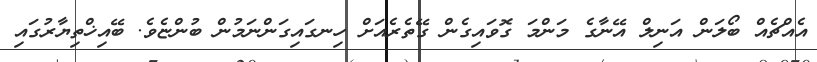
އެއްޗެއް ބޯލަން އަނިލް އޭނާގެ މަންމަ ގޮވައިގެން ގޭތެރެއަށް ހިނގައިގަންނަމުން ބުންޏެވެ. ބޭއިޚްތިޔާރުގައި